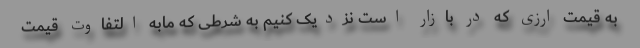
به قیمت ارزی که در بازار است نزدیک کنیم به شرطی که مابه التفاوت قیمت